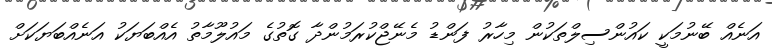
އަނެއް ބޭނުމަކީ ކައުންސިލްތަކުން މިހާރު ފަންޑު މެނޭޖްކުރަމުންދާ ގޮތުގެ މައުލޫމާތު އެއްބަޔަކު އަނެއްބަޔަކަށް